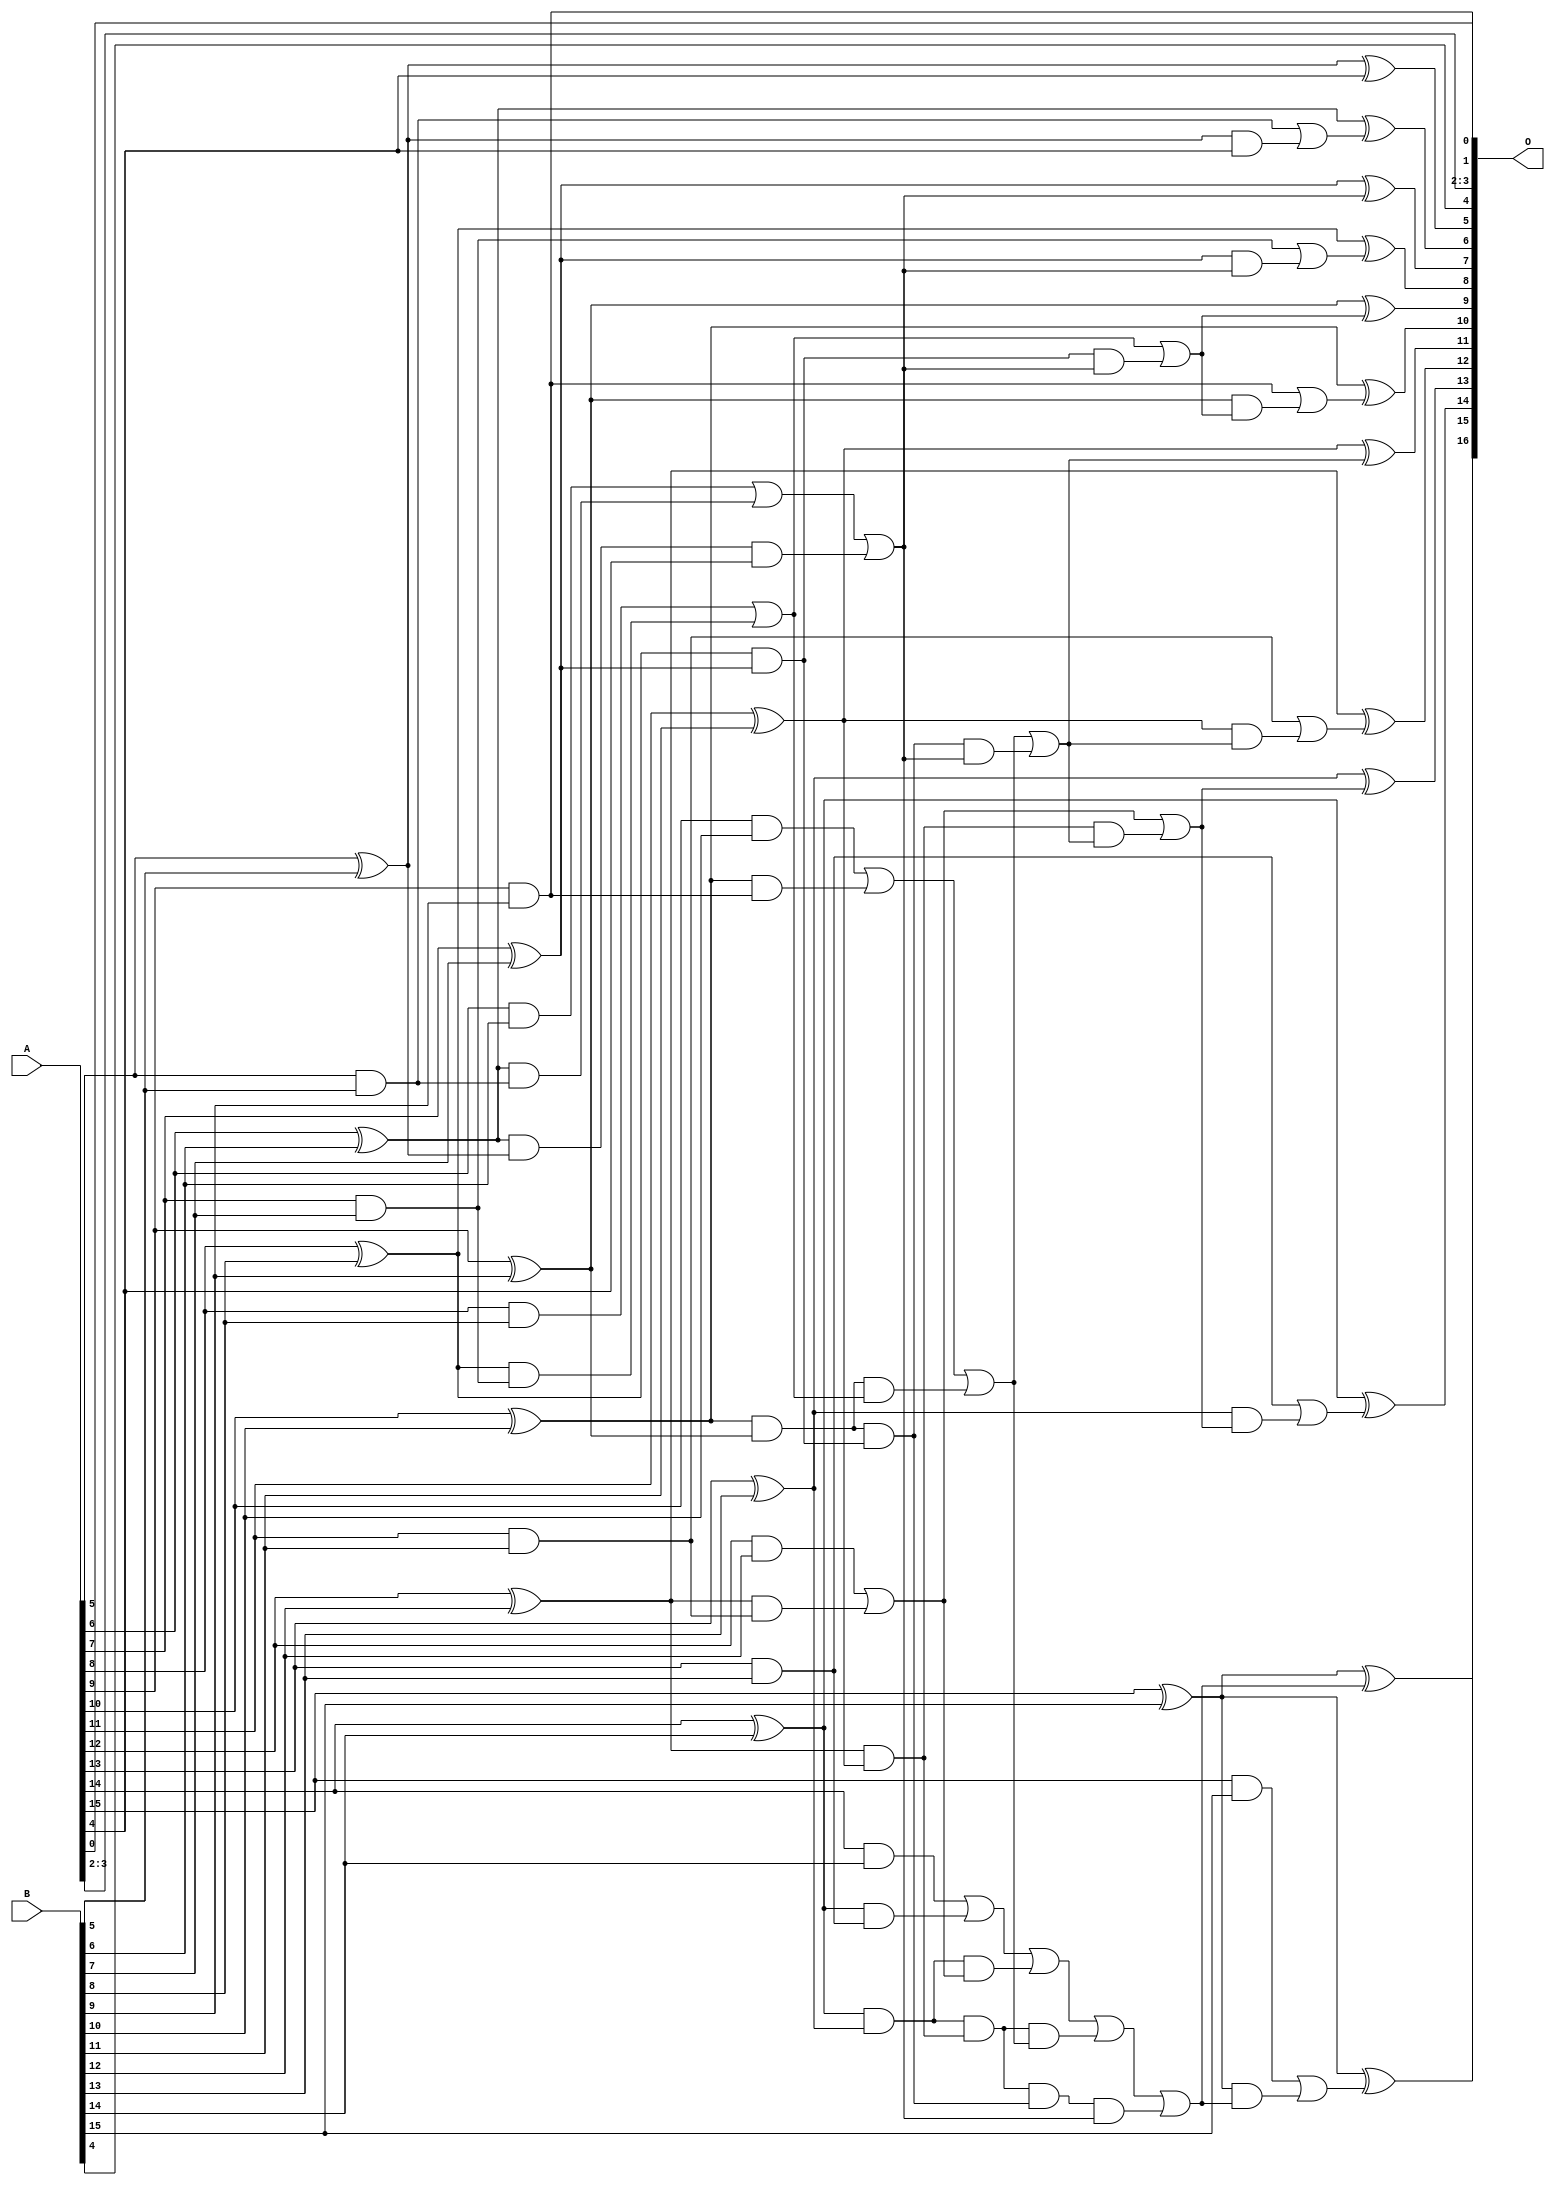
/***
* This code is a part of EvoApproxLib library (ehw.fit.vutbr.cz/approxlib) distributed under The MIT License.
* When used, please cite the following article(s): V. Mrazek, L. Sekanina, Z. Vasicek "Libraries of Approximate Circuits: Automated Design and Application in CNN Accelerators" IEEE Journal on Emerging and Selected Topics in Circuits and Systems, Vol 10, No 4, 2020 
* This file contains a circuit from a sub-set of pareto optimal circuits with respect to the pwr and wce parameters
***/
// MAE% = 0.012 %
// MAE = 8.0 
// WCE% = 0.027 %
// WCE = 18 
// WCRE% = 1700.00 %
// EP% = 96.88 %
// MRE% = 0.26 %
// MSE = 87 
// PDK45_PWR = 0.052 mW
// PDK45_AREA = 104.7 um2
// PDK45_DELAY = 0.92 ns

module add16se_2UB (
    A,
    B,
    O
);

input [15:0] A;
input [15:0] B;
output [16:0] O;

wire sig_42,sig_43,sig_44,sig_45,sig_46,sig_47,sig_48,sig_49,sig_50,sig_51,sig_52,sig_53,sig_54,sig_55,sig_56,sig_57,sig_58,sig_59,sig_60,sig_61;
wire sig_62,sig_63,sig_64,sig_71,sig_72,sig_73,sig_74,sig_75,sig_76,sig_77,sig_78,sig_79,sig_80,sig_81,sig_82,sig_83,sig_84,sig_85,sig_88,sig_90;
wire sig_91,sig_92,sig_93,sig_94,sig_95,sig_96,sig_99,sig_100,sig_101,sig_102,sig_103,sig_104,sig_105,sig_108,sig_109,sig_110,sig_111,sig_116,sig_117,sig_118;
wire sig_119,sig_120,sig_121,sig_122,sig_123,sig_124,sig_125,sig_126,sig_127,sig_132,sig_133,sig_134,sig_135,sig_136,sig_137,sig_138,sig_139,sig_140,sig_141,sig_142;
wire sig_143;

assign sig_42 = A[5] & B[5];
assign sig_43 = A[5] ^ B[5];
assign sig_44 = A[6] & B[6];
assign sig_45 = A[6] ^ B[6];
assign sig_46 = A[7] & B[7];
assign sig_47 = A[7] ^ B[7];
assign sig_48 = A[8] & B[8];
assign sig_49 = A[8] ^ B[8];
assign sig_50 = A[9] & B[9];
assign sig_51 = A[9] ^ B[9];
assign sig_52 = A[10] & B[10];
assign sig_53 = A[10] ^ B[10];
assign sig_54 = A[11] & B[11];
assign sig_55 = A[11] ^ B[11];
assign sig_56 = A[12] & B[12];
assign sig_57 = A[12] ^ B[12];
assign sig_58 = A[13] & B[13];
assign sig_59 = A[13] ^ B[13];
assign sig_60 = A[14] & B[14];
assign sig_61 = A[14] ^ B[14];
assign sig_62 = A[15] & B[15];
assign sig_63 = A[15] ^ B[15];
assign sig_64 = A[15] ^ B[15];
assign sig_71 = sig_45 & sig_42;
assign sig_72 = sig_45 & sig_43;
assign sig_73 = sig_44 | sig_71;
assign sig_74 = sig_49 & sig_46;
assign sig_75 = sig_49 & sig_47;
assign sig_76 = sig_48 | sig_74;
assign sig_77 = sig_53 & sig_50;
assign sig_78 = sig_53 & sig_51;
assign sig_79 = sig_52 | sig_77;
assign sig_80 = sig_57 & sig_54;
assign sig_81 = sig_57 & sig_55;
assign sig_82 = sig_56 | sig_80;
assign sig_83 = sig_61 & sig_58;
assign sig_84 = sig_61 & sig_59;
assign sig_85 = sig_60 | sig_83;
assign sig_88 = sig_72 & A[4];
assign sig_90 = sig_73 | sig_88;
assign sig_91 = sig_78 & sig_76;
assign sig_92 = sig_78 & sig_75;
assign sig_93 = sig_79 | sig_91;
assign sig_94 = sig_84 & sig_82;
assign sig_95 = sig_84 & sig_81;
assign sig_96 = sig_85 | sig_94;
assign sig_99 = sig_95 & sig_93;
assign sig_100 = sig_95 & sig_92;
assign sig_101 = sig_96 | sig_99;
assign sig_102 = sig_100 & sig_90;
assign sig_103 = sig_101 | sig_102;
assign sig_104 = sig_92 & sig_90;
assign sig_105 = sig_93 | sig_104;
assign sig_108 = sig_75 & sig_90;
assign sig_109 = sig_76 | sig_108;
assign sig_110 = sig_81 & sig_105;
assign sig_111 = sig_82 | sig_110;
assign sig_116 = sig_43 & A[4];
assign sig_117 = sig_42 | sig_116;
assign sig_118 = sig_47 & sig_90;
assign sig_119 = sig_46 | sig_118;
assign sig_120 = sig_51 & sig_109;
assign sig_121 = sig_50 | sig_120;
assign sig_122 = sig_55 & sig_105;
assign sig_123 = sig_54 | sig_122;
assign sig_124 = sig_59 & sig_111;
assign sig_125 = sig_58 | sig_124;
assign sig_126 = sig_63 & sig_103;
assign sig_127 = sig_62 | sig_126;
assign sig_132 = sig_43 ^ A[4];
assign sig_133 = sig_45 ^ sig_117;
assign sig_134 = sig_47 ^ sig_90;
assign sig_135 = sig_49 ^ sig_119;
assign sig_136 = sig_51 ^ sig_109;
assign sig_137 = sig_53 ^ sig_121;
assign sig_138 = sig_55 ^ sig_105;
assign sig_139 = sig_57 ^ sig_123;
assign sig_140 = sig_59 ^ sig_111;
assign sig_141 = sig_61 ^ sig_125;
assign sig_142 = sig_63 ^ sig_103;
assign sig_143 = sig_64 ^ sig_127;

assign O[16] = sig_143;
assign O[15] = sig_142;
assign O[14] = sig_141;
assign O[13] = sig_140;
assign O[12] = sig_139;
assign O[11] = sig_138;
assign O[10] = sig_137;
assign O[9] = sig_136;
assign O[8] = sig_135;
assign O[7] = sig_134;
assign O[6] = sig_133;
assign O[5] = sig_132;
assign O[4] = B[4];
assign O[3] = A[3];
assign O[2] = A[2];
assign O[1] = A[0];
assign O[0] = sig_50;

endmodule